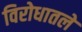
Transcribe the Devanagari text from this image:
विरोधातले